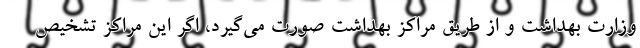
وزارت بهداشت و از طریق مراکز بهداشت صورت می‌گیرد، اگر این مراکز تشخیص